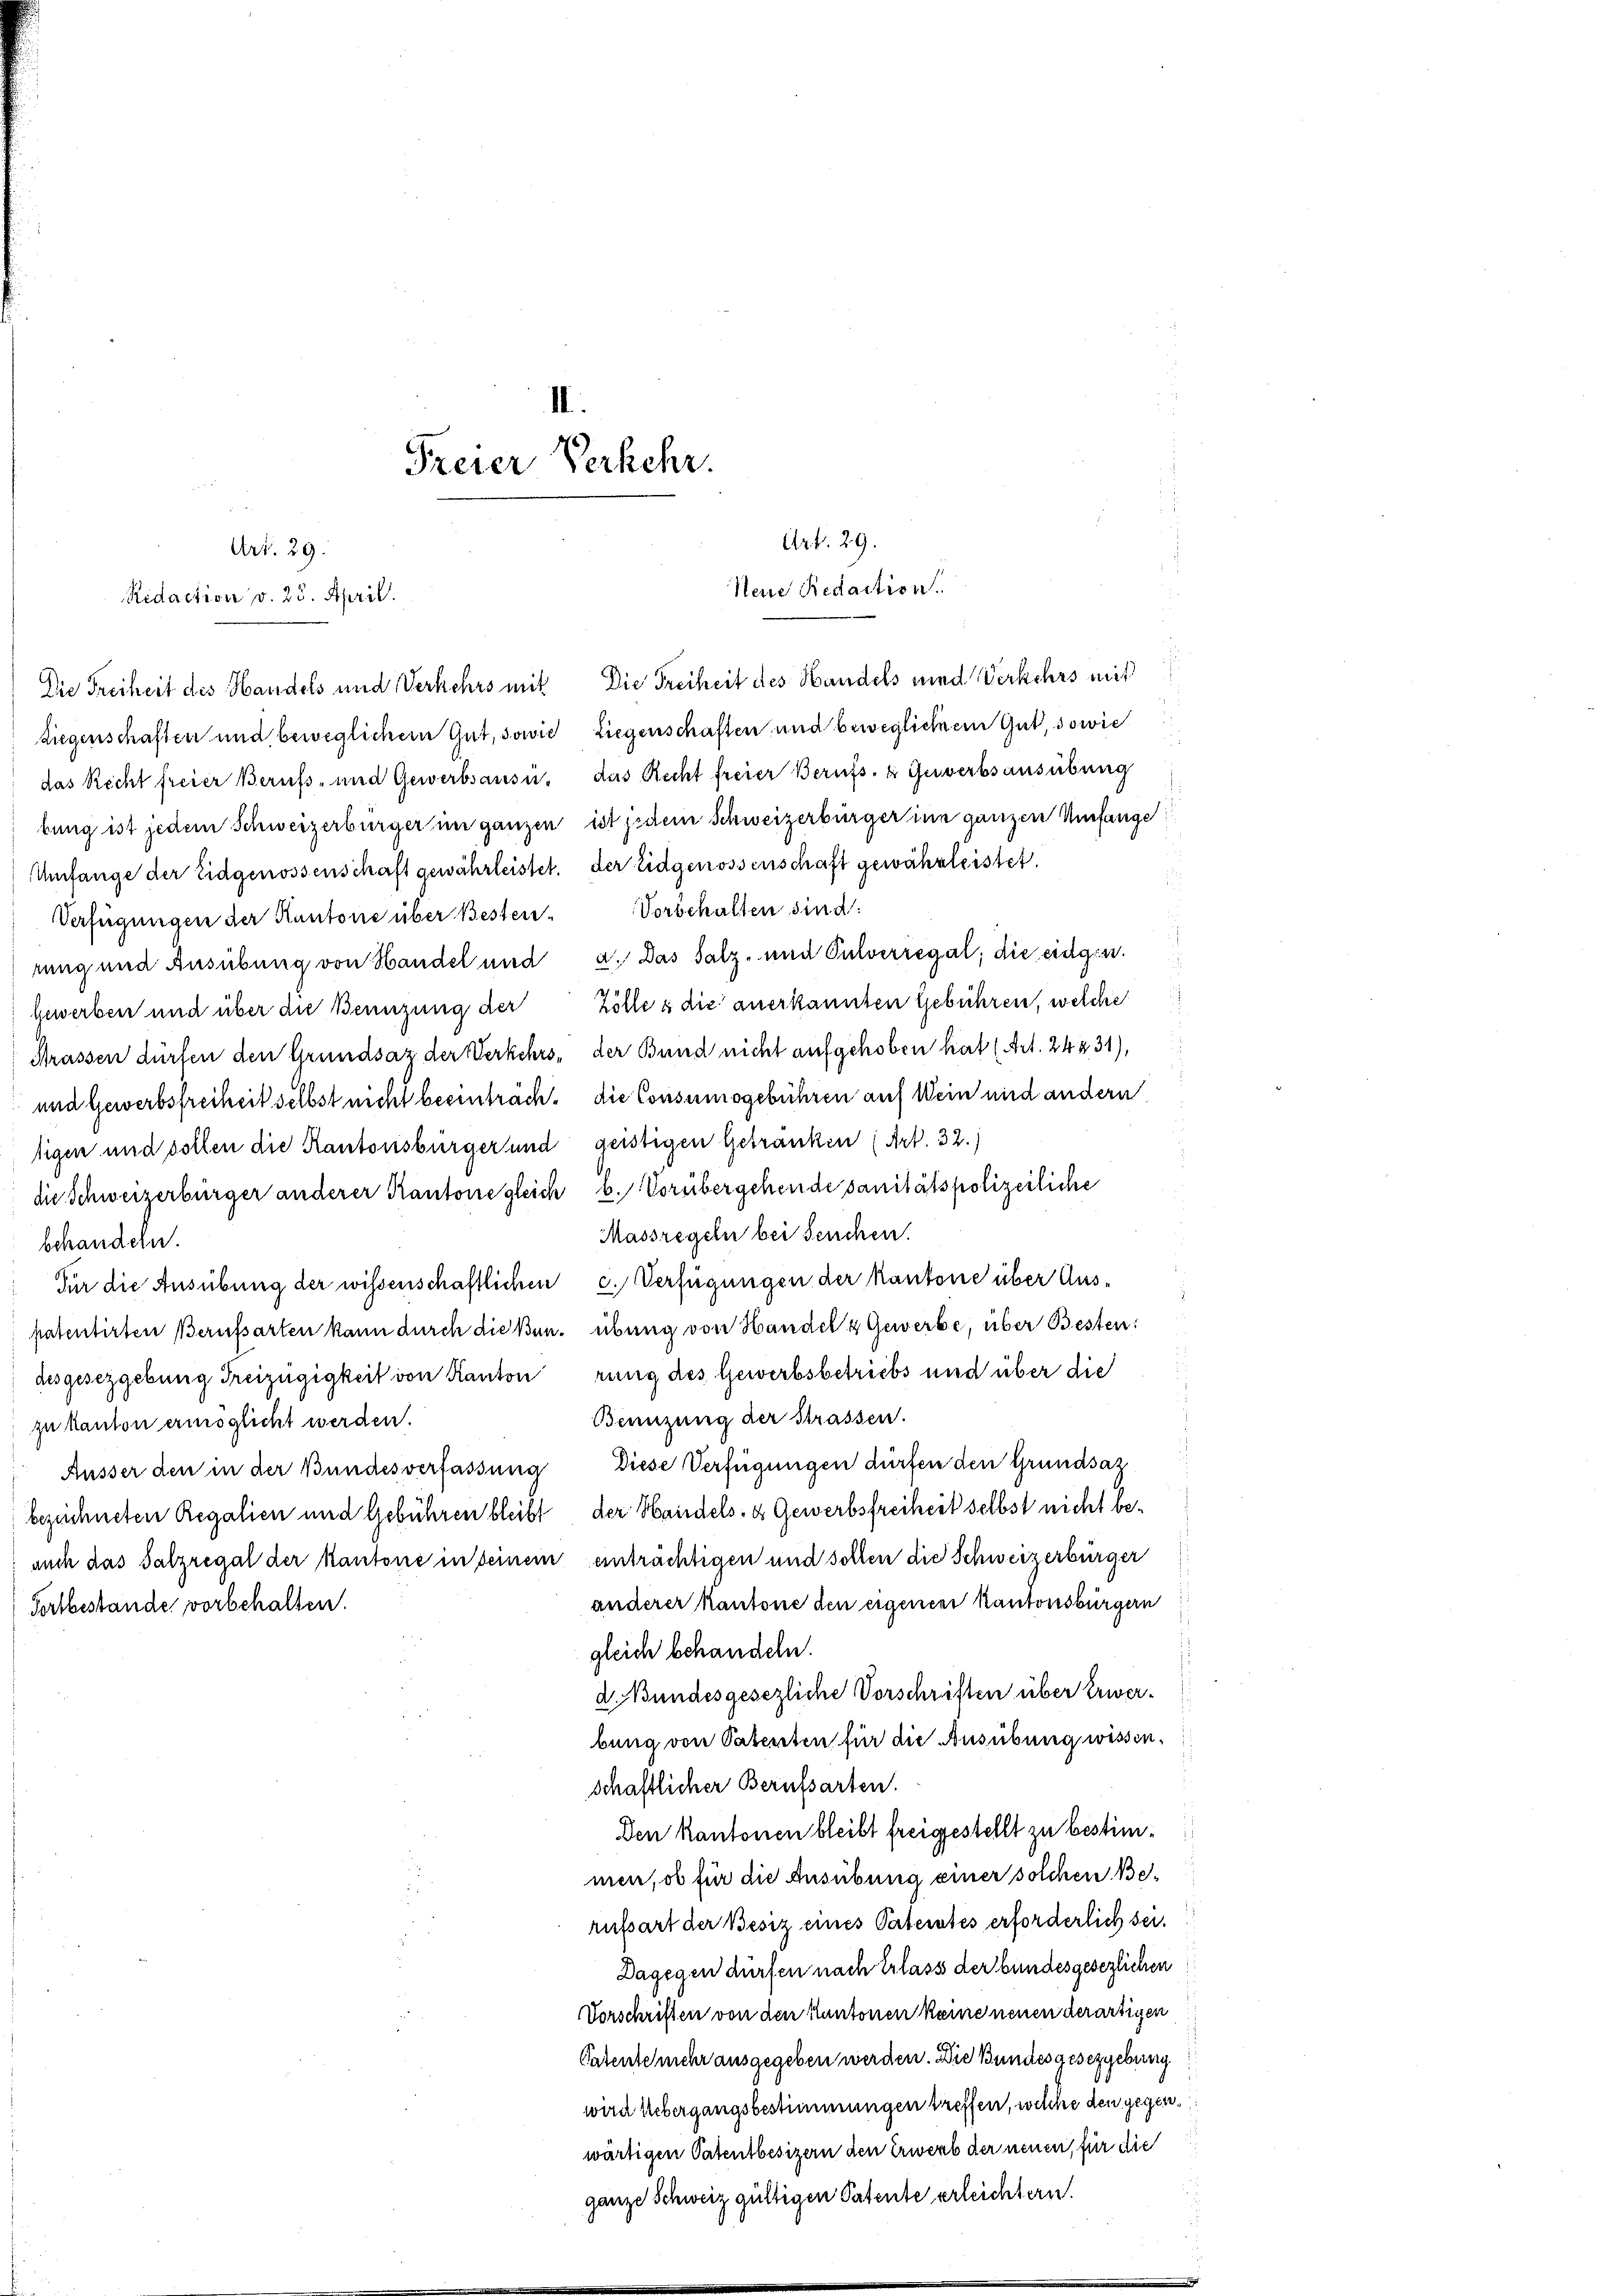
II
Freier Verkehr.
e

Art. 29.
Art. 29.
Neue Redaction.
Ridaction v. 25. April.
Die Freiheit des Handels und Verkehrs mit Die Freiheit des Handels und Verkehrs mit

Liegenschaften und beweglichem Gut, sowie Liegenschaften und beweglichem Gut, sowie
das Recht freier Berufs- und Gewerbsausii, das Recht freier Berufs- & Gewerbsausübung
bung ist jedem Schweizerbürger im ganzen ist jedem Schweizerbürger in ganzen Umfange
Umfange der Eidgenossenschaft gewährleistet. Der Eidgenossenschaft gewährleistet.
Verfügungen der Kantone über Besten-Vorbehalten sind:
rung und Ausübung von Handel und a. Das Salz- und Pulverregal, die eidgen.
Gewerben und über die Benuzung der Zölle & die anerkannten Gebühren, welche
Strassen dürfen den Grundsaz der Werkehrs, der Bund nicht aufgehoben hat (Art. 24231),
und Gewerbsfreiheit selbst nicht beeinträch. die Consumsgebühren auf Wein und andern
tigen und sollen die Kantonsbürger und geistigen Getränken (Art. 32.)
die Schweizerbürger anderer Kantone gleich b. Vorübergehende sanitätspolizeiliche
Massregeln bei Seuchen.
behandeln.
Für die Ausübung der wissenschaftlichen c. Verfügungen der Kantone über Aus-
patentirten Berufsarten kann durch dießen, übung von Handel & Gewerbe, über Besten:
desgesetzgebung Freizügigkeit von Kanton rung des Gewerbsbetriebs und über die
Benüzung der Strassen.
zu kanton ermöglicht werden.
Äusser den in der Bundesverfassung Diese Verfügungen dürfen den Grundsaz
bezeichneten Regalien und Gebühren bleibt der Handels- & Gewerbsfreiheit selbst nicht beauch das Salzregal der kantone in seinem einträchtigen und sollen die Schweizerbürger
anderer Kantone den eigenen Kantonsbürgern
Fortbestände vorbehalten.
gleich behandeln.
d. Bundesgesezliche Vorschriften über Erwerbung von Patenten für die Ausübung wissenschaftlicher Berufsarten.
Den Kantonen bleibt freigestellt zu bestimmen, ob für die Ausübung einer solchen Berufsart der Besiz eines Paterates erforderlich sei.
i
Dagegen dürfen nach Erlass der bundesgesezlichen
Vorschriften von den Kantonen keine neuen derartigen
Patente mehr ausgegeben werden. Die Bundesgesezgebung
wird Uebergangsbestimmungen treffen, welche den gegenwärtigen Patentbesizern den Erwerb der neuen, für die
ganze Schweiz gültigen Patente erleichtern.